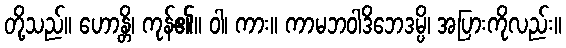
တို့သည်။ ဟောန္တိ၊ ကုန်၏။ ဝါ၊ ကား။ ကာမဘဝါဒိဘေဒမ္ပိ၊ အပြားကိုလည်း။